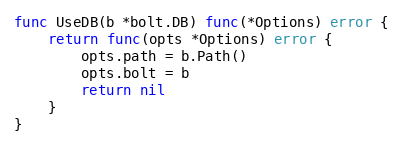
Language: Go
func UseDB(b *bolt.DB) func(*Options) error {
	return func(opts *Options) error {
		opts.path = b.Path()
		opts.bolt = b
		return nil
	}
}